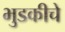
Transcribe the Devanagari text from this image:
भुडकीचे